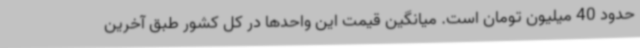
حدود 40 میلیون تومان است. میانگین قیمت این واحدها در کل کشور طبق آخرین